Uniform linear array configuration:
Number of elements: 16
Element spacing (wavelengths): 0.5
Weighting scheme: hann
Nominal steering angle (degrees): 30
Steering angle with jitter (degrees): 30.536
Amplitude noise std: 0.05
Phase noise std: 0.05

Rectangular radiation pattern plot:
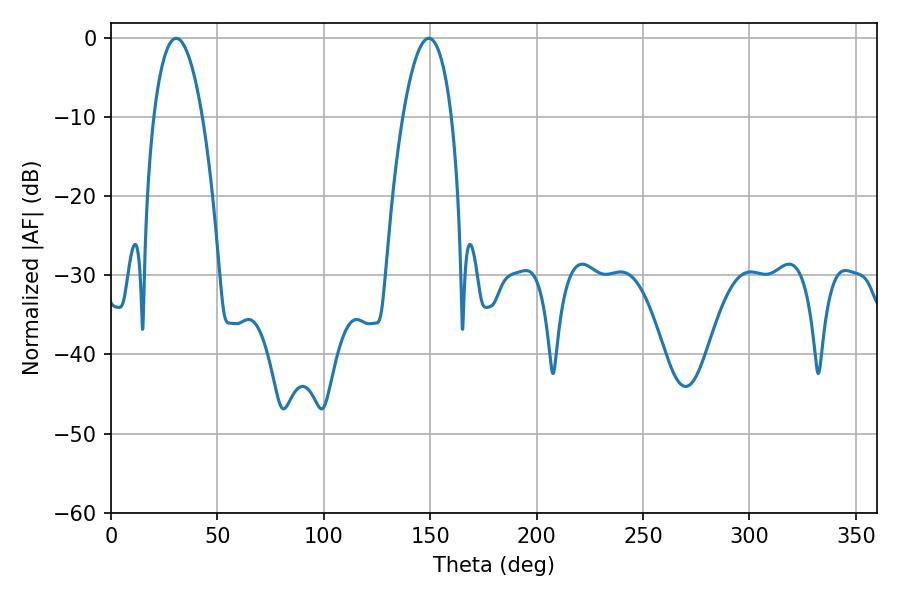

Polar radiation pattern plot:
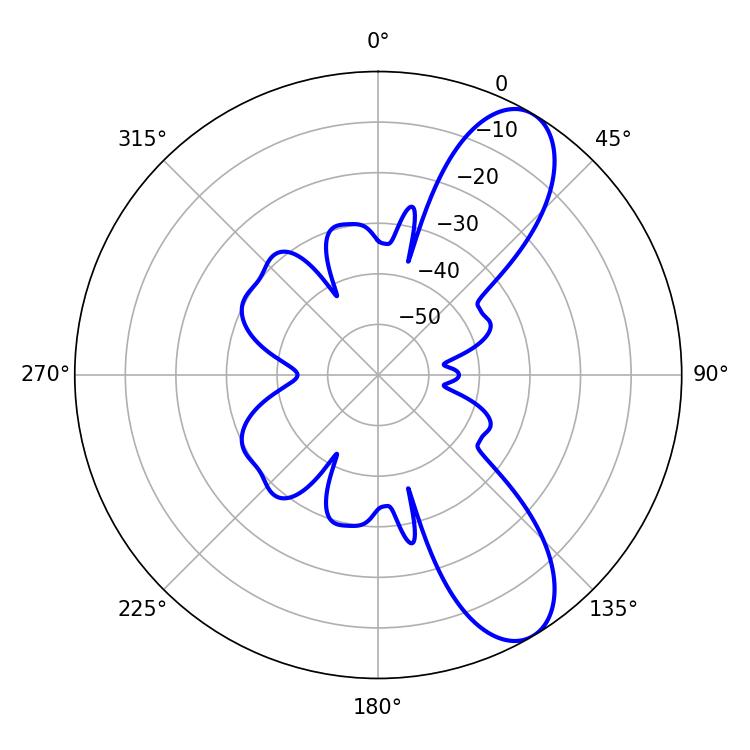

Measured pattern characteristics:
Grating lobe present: FALSE
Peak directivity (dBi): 9.162
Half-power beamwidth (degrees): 12.78
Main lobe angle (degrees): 30.6